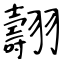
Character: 翿